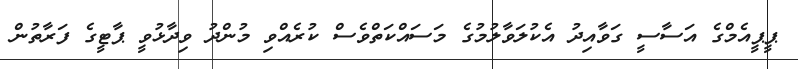
ޕީޕީއެމްގެ އަސާސީ ގަވާއިދު އެކުލަވާލުމުގެ މަސައްކަތްވެސް ކުރެއްވި މުންދު ވިދާޅުވީ ޕާޓީގެ ފަރާތުން